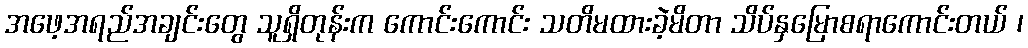
အဖေ့အရည်အချင်းတွေ သူရှိတုန်းက ကောင်းကောင်း သတိမထားခဲ့မိတာ သိပ်နှမြောစရာကောင်းတယ် ၊